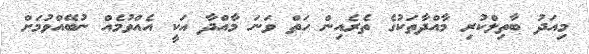
މިއަދު ބާތިލްކުރި މާއްދާތަކުގެ ތެރެއިން ހަތް ވަނަ މާއްދާ އަކީ އެއްވުމެއް ނުބޭއްވުމަށް